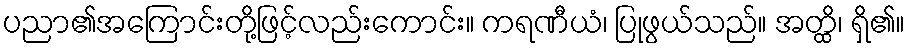
ပညာ၏အကြောင်းတို့ဖြင့်လည်းကောင်း။ ကရဏီယံ၊ ပြုဖွယ်သည်။ အတ္ထိ၊ ရှိ၏။